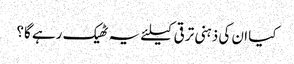
کیا ان کی ذہنی ترقی کیلئے یہ ٹھیک رہے گا؟